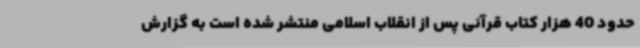
حدود 40 هزار کتاب قرآنی پس از انقلاب اسلامی منتشر شده است به گزارش